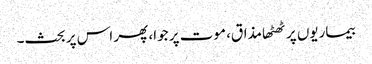
بیماریوں پر ٹھٹھا مذاق، موت پر جوا، پھر اس پر بحث۔